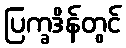
ပြက္ခဒိန်တွင်